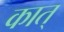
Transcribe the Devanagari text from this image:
कात्‌